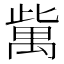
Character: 歶